Vaccination in Bombay 1889-1901 - 1889-1901
Year: 1889
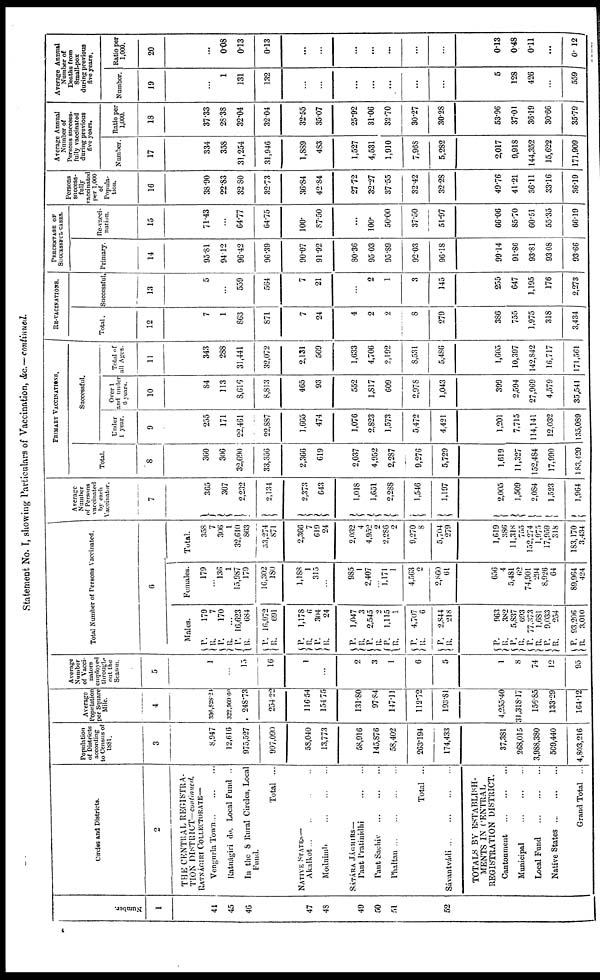
Statement No. I, showing Particulars of Vaccination, &c.—continued.
Number.
1
44
45
46
47
48
49
50
51
52
Circles and Districts.
2
THE CENTRAL REGISTRA-
TION DISTRICT—continued.
RATNÁGIRI COLLECTORATE—
Venguvla Town
...
...
...
Ratnágiri do. Local Fund ...
In the 8 Rural Circles, Local
Fund.
Total ...
NATIVE STATES—
Akalkot
...
...
...
...
Modnimb
...
...
...
SÁTÁRA JÁGHIRS—
Pant Pratinidhi
...
...
Pant Sachiv
...
...
...
Phaltan
...
...
...
...
Total ...
Sávantvádi ...
...
...
...
TOTALS BY ESTABLISH-
MENTS IN CENTRAL
REGISTRATION DISTRICT.
Cantonment
...
...
...
Municipal
...
...
...
Local Fund
...
...
...
Native States
...
...
...
Grand Total ...
Population
of Districts
according
to Census of
1881.
3
8,947
12,616
975,527
997,090
58,040
13,773
58,916
145,876
58,402
263.194
174,433
37,381
268,015
3,988,380
509,440
4,803,216
Average
Population
per Square
Mile.
4
336,828.24
322,969.60
248.73
254.22
116.54
154.75
131.80
97.84
147.11
112.72
193.81
4,255.40
31,318.17
156.85
133.29
164.12
Average
Number
of Vacci-
nators
employed
through-
out the
Season.
5
1
...
15
16
1
...
2
3
1
6
5
1
8
74
12
95
Total Number of Persons Vaccinated.
6
Males.
P.
R.
P.
R.
P.
R.
P.
R.
P.
R.
P.
R.
P.
R.
P. R.
P.
R.
P.
R.
P.
R.
P. R.
P.
R.
P.
R.
P.
R.
P.
R.
179
7
170
...
16,823
684
16,972
691
1,178
6
304
24
1,047
3
2,545
2
1,115
1
4,707
6
2,844
218
963
382
5,837
693
77,373
1,681
9,033
254
93,206
3,010
Females.
179
...
136
1
15,987
179
16,302
180
1,188
1
315
...
985
1
2,407
...
1,171
1
4,563
2,860
61
656
4
5,481
62
74,901
294
8,926
64
89,964
424
Total.
358
7
306
1
32,610
863
33,274
871
2,366
7
619
24
2,032
4
4,952
2
2,286
2
9,270
8
5,704
279
1,619
386
11,318
755
152,274
1,975
17,959
318
183,170
3,434
Average
Number
of Persons
vaccinated
by each
Vaccinator.
7
365
307
2,232
2,134
2,373
643
1,018
1,651
2,288
1,546
1,197
2,005
1,509
2,084
1,523
1,964
PRIMARY VACCINATIONS.
Total.
8
360
306
32,690
33,356
2,366
619
2,037
4,952
2,287
9,276
5,729
1,619
11,327
152,484
17,990
183,420
Successful.
Under
1 year.
9
255
171
22,461
22,887
1,665
474
1,076
2,823
1,573
5,472
4,421
1,201
7,715
114,141
12,032
135,089
Over 1
and under
6 years.
10
84
113
8,616
8,813
465
93
552
1,817
609
2,978
1,043
399
2,594
27,969
4,579
35,541
Total of
all Ages.
11
343
288
31,441
32,072
2,131
569
1,633
4,706
2,192
8,531
5,486
1,605
10,397
142,842
16,717
171,561
RE-VACINATIONS.
Total.
12
7
1
863
871
7
24
4
2
2
8
279
386
755
1,975
318
3,434
Successful.
13
5
...
559
564
7
21
...
2
1
3
145
255
647
1,195
176
2,273
PERCENTAGE OF
SUCCESSFUL CASES.
Primary.
14
95.81
94.12
96.42
96.39
90.07
91.92
80.36
95.03
95.89
92.03
96.18
99.14
91.86
93.81
93.08
93.66
Re-vacci-
nation.
15
71.43
...
64.77
64.75
100.
87.50
...
100.
50.00
37.50
51.97
66.06
85.70
60.51
55.35
66.19
Persons
success-
fully
vaccinated
per 1,000
of
Popula-
tion.
16
38.90
22.83
32.80
32.73
36.84
42.84
27.72
32.27
37.55
32.42
32.28
49.76
41.21
36.11
33.16
36.19
Average Annual
Number of
Persons success-
fully vaccinated
during previous
five years.
Number.
17
334
358
31,254
31,946
1,889
483
1,527
4,531
1,910
7,968
5,282
2,017
9,918
144,352
15,622
171,909
Ratio per
1,000.
18
37.33
28.38
32.04
32.04
32.55
35.07
25.92
31.06
32.70
30.27
30.28
53.96
37.01
36.19
30.66
35.79
Average Annual
Number of
Deaths from
Small-pox
during previous
five years.
Number.
19
...
1
131
132
...
...
...
...
...
...
...
5
128
426
...
559
Ratio per
1,000.
20
...
0.08
0.13
0.13
...
...
...
...
...
...
...
0.13
0.48
0.11
...
0.12
4